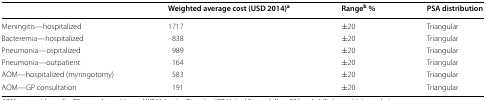
<table><thead><tr><td></td><td><b>Weighted average cost (USD 2014)<sup>a</sup></b></td><td><b>Range<sup>b</sup> %</b></td><td><b>PSA distribution</b></td></tr></thead><tbody><tr><td>Meningitis—hospitalized</td><td>1717</td><td>±20</td><td>Triangular</td></tr><tr><td>Bacteremia—hospitalized</td><td>838</td><td>±20</td><td>Triangular</td></tr><tr><td>Pneumonia—ospitalized</td><td>989</td><td>±20</td><td>Triangular</td></tr><tr><td>Pneumonia—outpatient</td><td>164</td><td>±20</td><td>Triangular</td></tr><tr><td>AOM—hospitalized (myringotomy)</td><td>583</td><td>±20</td><td>Triangular</td></tr><tr><td>AOM—GP consultation</td><td>191</td><td>±20</td><td>Triangular</td></tr></tbody></table>